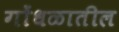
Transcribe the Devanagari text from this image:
गोंधळातील